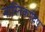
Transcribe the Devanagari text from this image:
नास्तिकादिषु